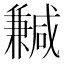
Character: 𠔺